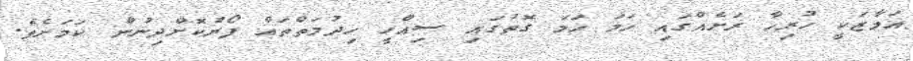
އަމާޒަކީ ހުރިހާ ރަށެއްގައި ހަމަ ހަމަ ގޮތުގައި ސިއްހީ ހިދުމަތްތައް ފޯރުކޮށްދިނުން ކަމަށެވެ.